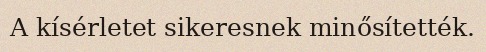
A kísérletet sikeresnek minősítették.